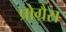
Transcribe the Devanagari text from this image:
प्रोग्रैस